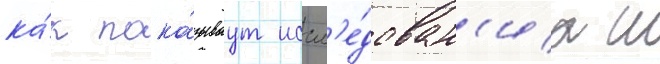
ка́к пока́зываут иссл'е́дован'иа ш